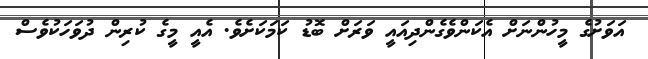
އަވަށުގެ މީހުންނަށް އެކަންވެގެންދިއައީ ވަރަށް ބޮޑު ކަމަކަށެވެ. އެއީ މީގެ ކުރިން ދުވަހަކުވެސް